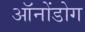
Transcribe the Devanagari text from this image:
ऑनोंडोग